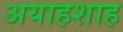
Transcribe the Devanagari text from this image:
अयाहशाह